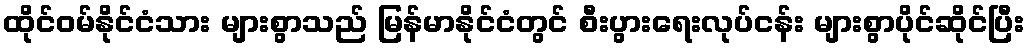
ထိုင်ဝမ်နိုင်ငံသား များစွာသည် မြန်မာနိုင်ငံတွင် စီးပွားရေးလုပ်ငန်း များစွာပိုင်ဆိုင်ပြီး